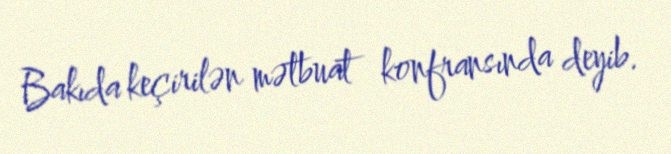
Bakıda keçirilən mətbuat konfransında deyib.